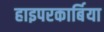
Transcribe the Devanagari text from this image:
हाइपरकार्बिया